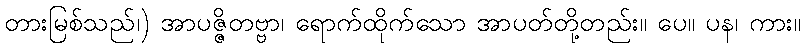
တားမြစ်သည်၊) အာပဇ္ဇိတဗ္ဗာ၊ ရောက်ထိုက်သော အာပတ်တို့တည်း။ ပေ။ ပန၊ ကား။